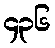
၄၃၆